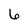
Character: 6